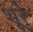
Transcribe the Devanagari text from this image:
शुरेु